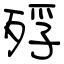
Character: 殍